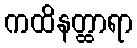
ကထိနတ္ထာရာ